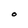
Character: O